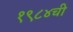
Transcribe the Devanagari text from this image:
१९८४ची